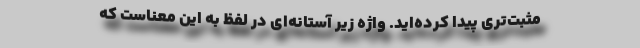
مثبت‌تری پیدا کرده‌اید. واژه‌ زیر آستانه‌ای در لفظ به این معناست که